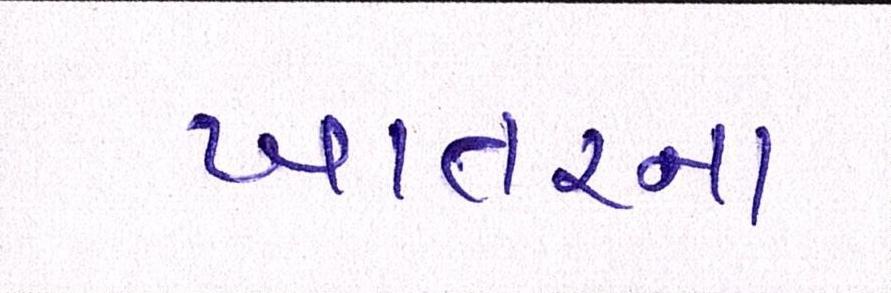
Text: ખાતરના